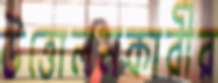
উত্তোলনকারীর